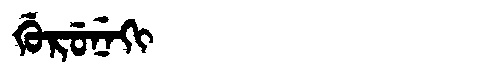
Manchu: ᡤᡠᡵᡠᠨᡝᡴᡳ
Romanization: GURUNEKI